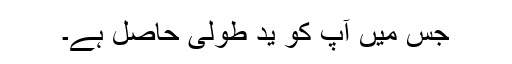
جس میں آپ کو ید طولیٰ حاصل ہے۔